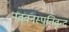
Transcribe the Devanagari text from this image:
नववनस्पतिवृन्द